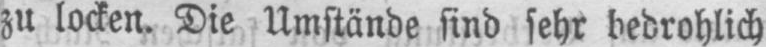
zu locken. Die Umstände sind sehr bedrohlich